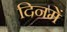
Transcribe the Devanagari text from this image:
दिनमें